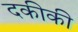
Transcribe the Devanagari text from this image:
दकीकी